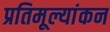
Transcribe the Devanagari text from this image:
प्रतिमूल्यांकन